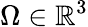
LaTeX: \Omega\in\mathbb{R}^{3}